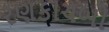
રણકાચબો